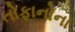
તોફાનોના